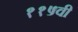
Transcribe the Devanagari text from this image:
११५वी